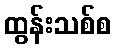
ထွန်းသစ်စ